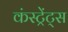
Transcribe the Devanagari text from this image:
कंस्ट्रेंट्स